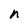
Character: n